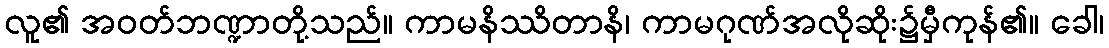
လူ၏ အဝတ်ဘဏ္ဍာတို့သည်။ ကာမနိဿိတာနိ၊ ကာမဂုဏ်အလိုဆိုး၌မှီကုန်၏။ ခေါ၊